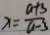
x = \frac { a + 3 } { a - 3 }